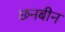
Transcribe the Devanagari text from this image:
छनबीन